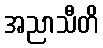
အညာသီတိ